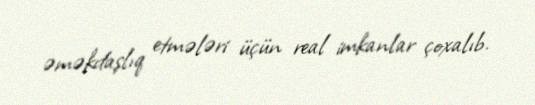
əməkdaşlıq etmələri üçün real imkanlar çoxalıb.